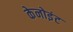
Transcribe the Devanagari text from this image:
केनोइंट